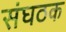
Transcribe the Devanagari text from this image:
संघठक